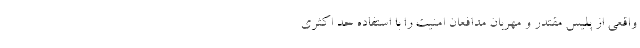
واقعی از پلیس مقتدر و مهربان مدافعان امنیت را با استفاده حد اکثری